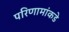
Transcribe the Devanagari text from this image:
परिणामांकडे